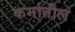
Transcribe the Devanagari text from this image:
कर्मातील